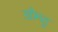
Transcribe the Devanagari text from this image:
ख़ीमहु